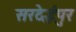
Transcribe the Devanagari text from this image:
सरदेईपुर